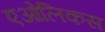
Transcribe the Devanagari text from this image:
एओलिकस